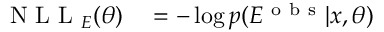
\begin{array} { r l } { \mathrm { ~ N ~ L ~ L ~ } _ { E } ( \theta ) } & { { } = - \log p ( E ^ { \mathrm { ~ o ~ b ~ s ~ } } | x , \theta ) } \end{array}